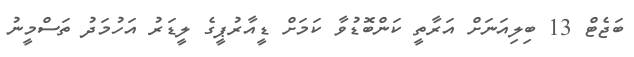
ބަޖެޓް 13 ބިލިއަނަށް އަރާތީ ކަންބޮޑުވާ ކަމަށް ޑީއާރުޕީގެ ލީޑަރު އަހުމަދު ތަސްމީނު